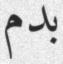
بدم